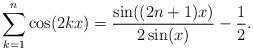
LaTeX: \begin{align*}\sum_{k=1}^n\cos(2kx)=\frac{\sin((2n+1)x)}{2\sin(x)}-\frac{1}{2}. \end{align*}